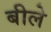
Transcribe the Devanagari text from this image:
बीले